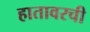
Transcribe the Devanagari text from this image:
हातावरची